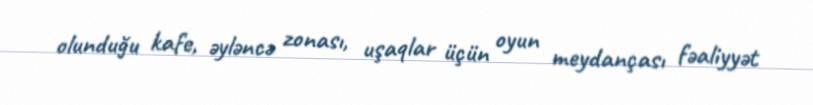
olunduğu kafe, əyləncə zonası, uşaqlar üçün oyun meydançası fəaliyyət